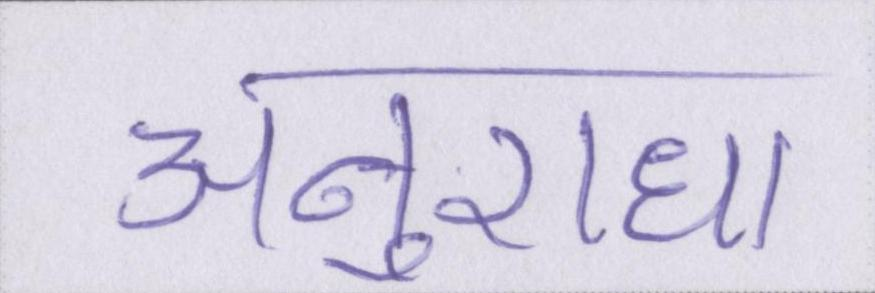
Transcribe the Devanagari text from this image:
अनुराधा